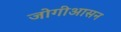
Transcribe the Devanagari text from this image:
जोगीआसन